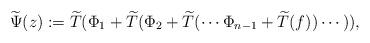
LaTeX: \begin{align*}\widetilde{\Psi}(z) := \widetilde{T}(\Phi_1 + \widetilde{T}(\Phi_2 + \widetilde{T}( \cdots \Phi_{n-1} + \widetilde{T}(f)) \cdots)),\end{align*}